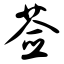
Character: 莶